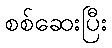
စစ်ဆေးပြီး